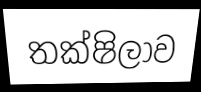
තක්ෂිලාව